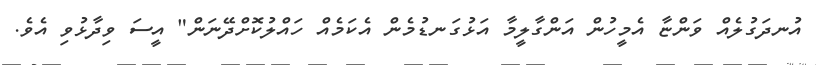
އުނދަގުލެއް ވަންޏާ އެމީހުން އަންގާލީމާ އަޅުގަނޑުމެން އެކަމެއް ހައްލުކޮށްދޭނަން" އީސަ ވިދާޅުވި އެވެ.